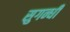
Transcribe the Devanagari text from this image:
सुगन्धी